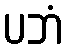
ပဘံ